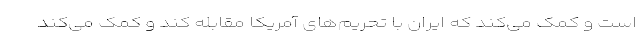
است و کمک می‌کند که ایران با تحریم‌های آمریکا مقابله کند و کمک می‌کند